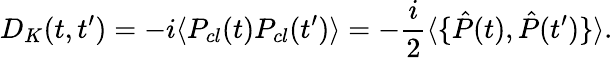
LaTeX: D_{K}(t,t^{\prime})=-i\langle P_{cl}(t)P_{cl}(t^{\prime})\rangle=-\frac{i}{2}\langle\{ \hat{P}(t),\hat{P}(t^{\prime})\} \rangle.